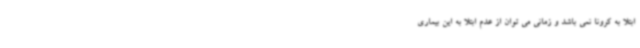
ابتلا به کرونا نمی باشد و زمانی می توان از عدم ابتلا به این بیماری